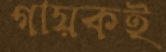
গায়কই